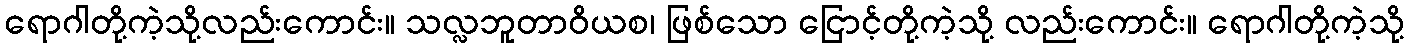
ရောဂါတို့ကဲ့သို့လည်းကောင်း။ သလ္လဘူတာဝိယစ၊ ဖြစ်သော ငြောင့်တို့ကဲ့သို့ လည်းကောင်း။ ရောဂါတို့ကဲ့သို့